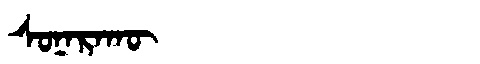
Manchu: ᠰᠣᠨᠠᡵᠠᡴᡡ
Romanization: SONARAKŪ